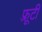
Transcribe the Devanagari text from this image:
फ़्रूटी